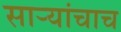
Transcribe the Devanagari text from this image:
साऱ्यांचाच